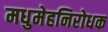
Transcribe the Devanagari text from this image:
मधुमेहनिरोधक